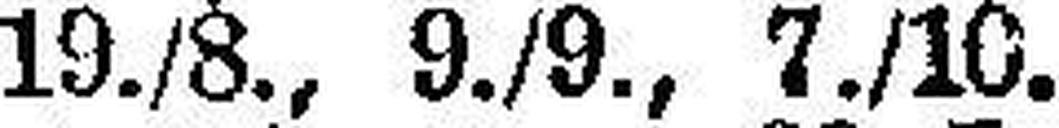
19./8., 9./9., 7./10.